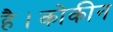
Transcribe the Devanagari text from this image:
है।कोकीन